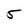
Character: 5